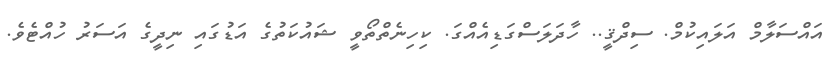
އައްސަލާމް އަލައިކުމް. ސިދްޤީ.. ހާދަލަސްގަޑިއެއްގަ. ކިހިނެތްތޯވީ ޝައުކަތުގެ އަޑުގައި ނިދީގެ އަސަރު ހުއްޓެވެ.